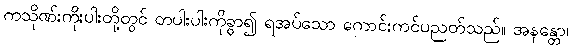
ကသိုဏ်းကိုးပါးတို့တွင် တပါးပါးကိုခွာ၍ ရအပ်သော ကောင်းကင်ပညတ်သည်။ အနန္တော၊